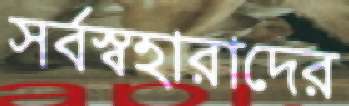
সর্বস্বহারাদের